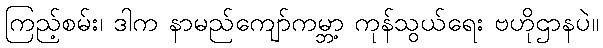
ကြည့်စမ်း၊ ဒါက နာမည်ကျော်ကမ္ဘာ့ ကုန်သွယ်ရေး ဗဟိုဌာနပဲ။